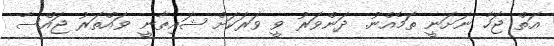
އަތް ޖަހާ ނަށަނީ ތަމެއްނު. ދަންވަރު ވީ ވަރަކަށް ޝައިޠާނީ ވައްތަރު ޖައްސާ